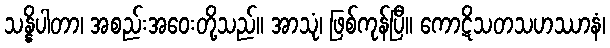
သန္နိပါတာ၊ အစည်းအဝေးတို့သည်။ အာသုံ၊ ဖြစ်ကုန်ပြီ။ ကောဋိသတသဟဿာနံ၊